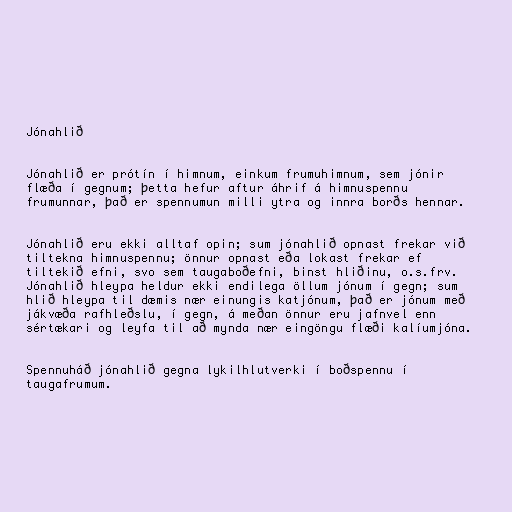
Jónahlið

Jónahlið er prótín í himnum, einkum frumuhimnum, sem jónir
flæða í gegnum; þetta hefur aftur áhrif á himnuspennu
frumunnar, það er spennumun milli ytra og innra borðs hennar.

Jónahlið eru ekki alltaf opin; sum jónahlið opnast frekar við
tiltekna himnuspennu; önnur opnast eða lokast frekar ef
tiltekið efni, svo sem taugaboðefni, binst hliðinu, o.s.frv.
Jónahlið hleypa heldur ekki endilega öllum jónum í gegn; sum
hlið hleypa til dæmis nær einungis katjónum, það er jónum með
jákvæða rafhleðslu, í gegn, á meðan önnur eru jafnvel enn
sértækari og leyfa til að mynda nær eingöngu flæði kalíumjóna.

Spennuháð jónahlið gegna lykilhlutverki í boðspennu í
taugafrumum.